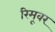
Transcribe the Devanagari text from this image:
रिमूवर